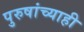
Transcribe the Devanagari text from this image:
पुरुषांच्याही